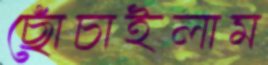
ছোঁচাইলাম